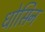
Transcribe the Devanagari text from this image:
धोसिन